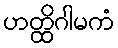
ဟတ္ထိဂါမကံ